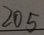
2 0 5